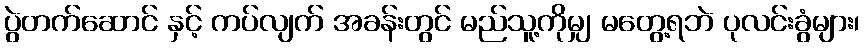
ပွဲတက်ဆောင် နှင့် ကပ်လျက် အခန်းတွင် မည်သူ့ကိုမျှ မတွေ့ရဘဲ ပုလင်းခွံများ၊